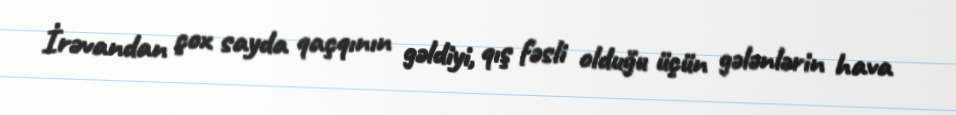
İrəvandan çox sayda qaçqının gəldiyi, qış fəsli olduğu üçün gələnlərin hava